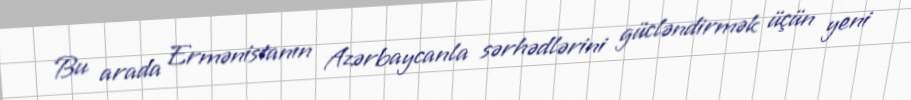
Bu arada Ermənistanın Azərbaycanla sərhədlərini gücləndirmək üçün yeni